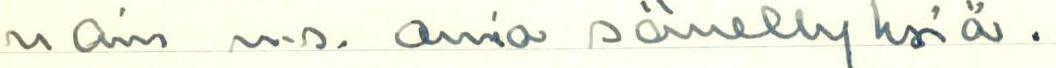
vain n.s. omia sävellyksiä.